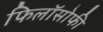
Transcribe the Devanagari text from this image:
फिलॉसोफी